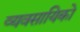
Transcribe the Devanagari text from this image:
व्यवसायिको